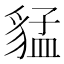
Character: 𲂦